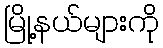
မြို့နယ်များကို